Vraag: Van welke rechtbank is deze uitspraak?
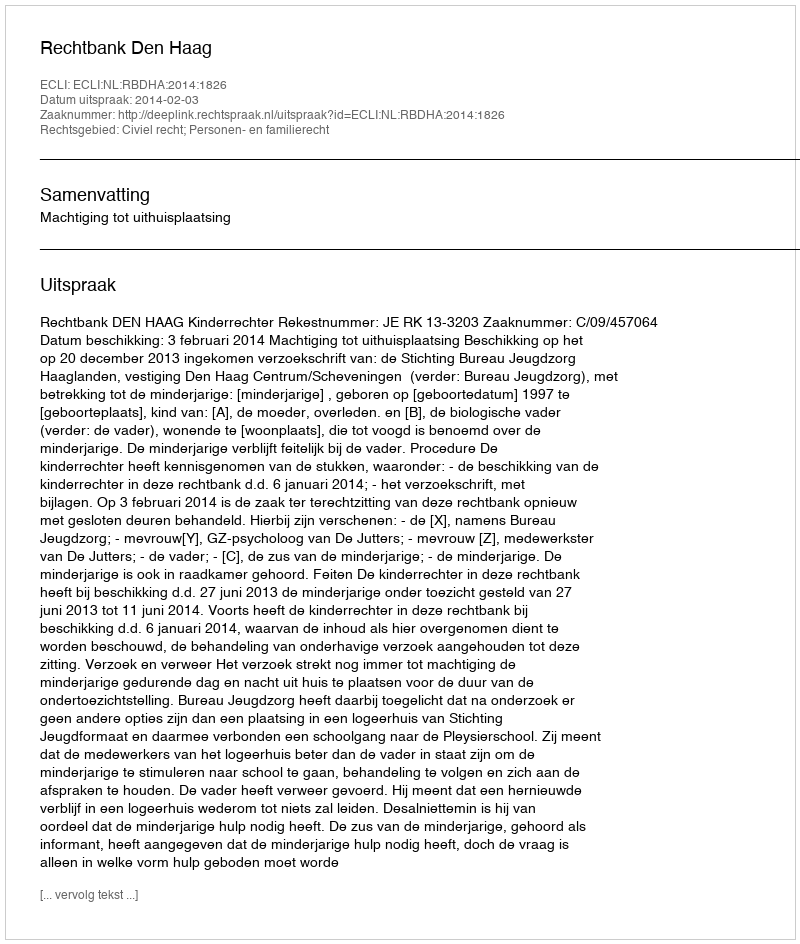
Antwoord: Rechtbank Den Haag